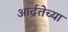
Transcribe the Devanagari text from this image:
आर्द्रतेच्या